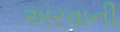
અરવાની